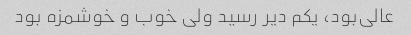
عالی‌بود، یکم دیر رسید ولی خوب و خوشمزه بود